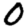
Digit: 0